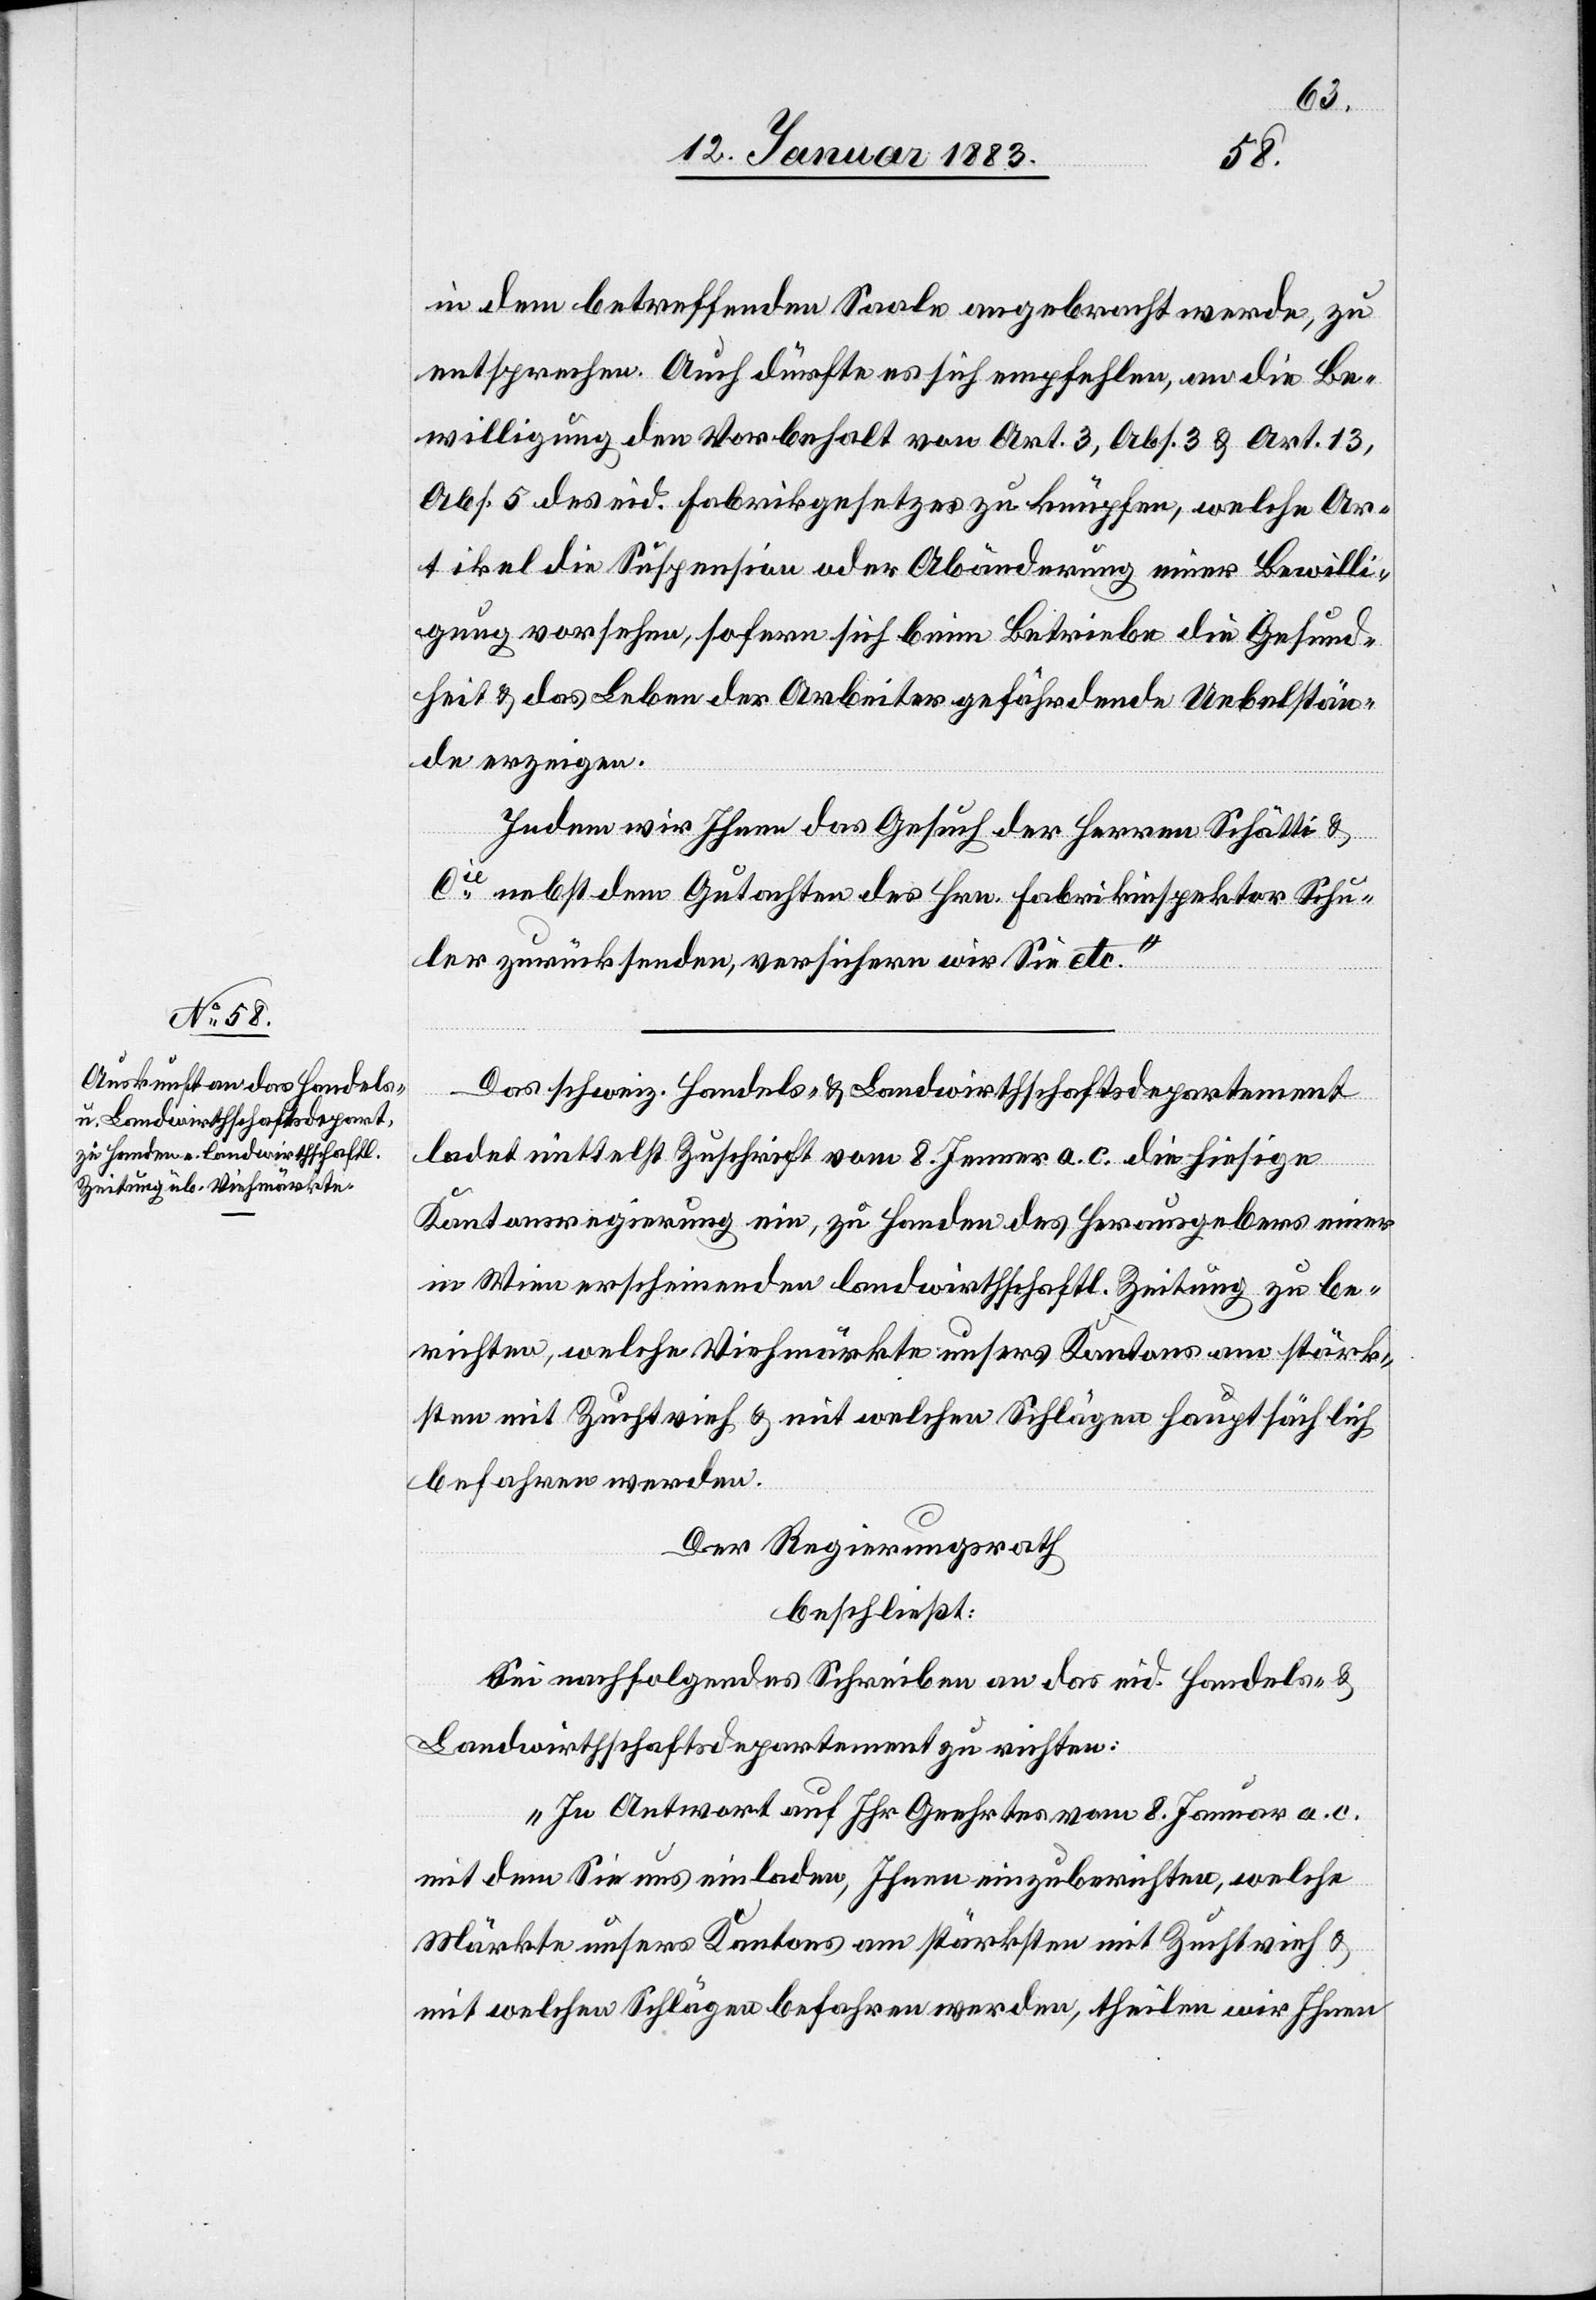
in dem betreffenden Saale angebracht werde, zu
entsprechen. Auch dürfte es sich empfehlen, an die Be¬
willigung den Vorbehalt von Art. 3, Abs. 3 & Art. 13,
Abs. 5 des eid. Fabrikgesetzes zu knüpfen, welche Ar¬
tikel die Suspension oder Abänderung einer Bewilli¬
gung vorsehen, sofern sich beim Betriebe die Gesund¬
heit & das Leben der Arbeiter gefährdende Uebelstän¬
de erzeigen.
Indem wir Ihnen das Gesuch der Herren Schätti &
Cie nebst dem Gutachten des Hrn. Fabrikinspektor Schu¬
ler zurücksenden, versichern wir Sie etc.“
Das schweiz. Handels- & Landwirthschaftsdepartement
ladet mittelst Zuschrift vom 8. Jenner a. c. die hiesige
Kantonsregierung ein, zu Handen des Herausgebers einer
in Wien erscheinenden landwirthschaftl. Zeitung zu be¬
richten, welche Viehmärkte unsers Kantons am stärk¬
sten mit Zuchtvieh & mit welchen Schlägen hauptsächlich
befahren werden.
Der Regierungsrath
beschließt:
Sei nachfolgendes Schreiben an das eid. Handels- &
Landwirthschaftsdepartement zu richten:
„In Antwort auf Ihr Geehrtes vom 8. Januar a. c.
mit dem Sie uns einladen, Ihnen einzuberichten, welche
Märkte unsers Kantons am stärksten mit Zuchtvieh &
mit welchen Schlägen befahren werden, theilen wir Ihnen